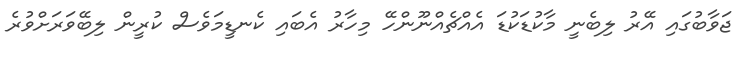
ޖަވާބުގައި އޭރު ލިބެނީ މާކުޑަކުޑަ އެއްޗެއްނޫންހޭ މިހާރު އެބައި ކެނޑީމަވެސް ކުރީން ލިބޭވަރަށްވުރެ